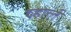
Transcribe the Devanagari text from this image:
व्होर्ल